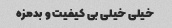
خیلی خیلی بی کیفیت و بدمزه